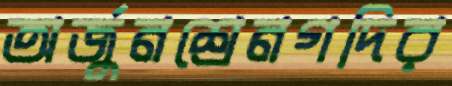
অর্জুনশ্রেনগদির